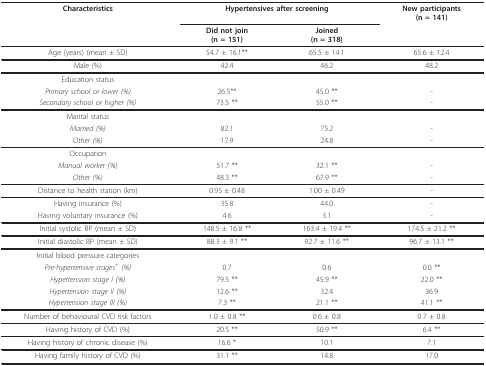
| Characteristics | <COLSPAN=2> Hypertensives after screening | New participants(n = 141) |
 |  | Did not join(n = 151) | Joined(n = 318) |  |
 | --- | --- | --- | --- |
 | Age (years) (mean ± SD) | 54.7 ± 16.1** | 65.5 ± 14.1 | 65.6 ± 12.4 |
 | Male (%) | 42.4 | 46.2 | 48.2 |
 | Education status |  |  |  |
 | Primary school or lower (%) | 26.5** | 45.0 ** | - |
 | Secondary school or higher (%) | 73.5 ** | 55.0 ** | - |
 | Marital status |  |  |  |
 | Married (%) | 82.1 | 75.2 | - |
 | Other (%) | 17.9 | 24.8 | - |
 | Occupation |  |  |  |
 | Manual worker (%) | 51.7 ** | 32.1 ** | - |
 | Other (%) | 48.3 ** | 67.9 ** | - |
 | Distance to health station (km) | 0.95 ± 0.48 | 1.00 ± 0.49 | - |
 | Having insurance (%) | 35.8 | 44.0 | - |
 | Having voluntary insurance (%) | 4.6 | 3.1 | - |
 | Initial systolic BP (mean ± SD) | 148.5 ± 16.8 ** | 163.4 ± 19.4 ** | 174.5 ± 21.2 ** |
 | Initial diastolic BP (mean ± SD) | 88.3 ± 9.1 ** | 92.7 ± 11.6 ** | 96.7 ± 13.1 ** |
 | Initial blood pressure categories |  |  |  |
 | Pre-hypertensive stages+ (%) | 0.7 | 0.6 | 0.0 ** |
 | Hypertension stage I (%) | 79.5 ** | 45.9 ** | 22.0 ** |
 | Hypertension stage II (%) | 12.6 ** | 32.4 | 36.9 |
 | Hypertension stage III (%) | 7.3 ** | 21.1 ** | 41.1 ** |
 | Number of behavioural CVD risk factors | 1.0 ± 0.8 ** | 0.6 ± 0.8 | 0.7 ± 0.8 |
 | Having history of CVD (%) | 20.5 ** | 50.9 ** | 6.4 ** |
 | Having history of chronic disease (%) | 16.6 * | 10.1 | 7.1 |
 | Having family history of CVD (%) | 31.1 ** | 14.8 | 17.0 |